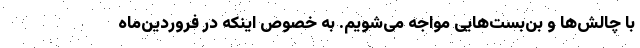
با چالش‌ها و بن‌بست‌هایی مواجه می‌شویم. به خصوص اینکه در فروردین‌ماه